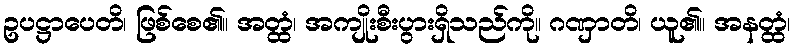
ဥပဋ္ဌာပေတိ၊ ဖြစ်စေ၏။ အတ္ထံ၊ အကျိုးစီးပွားရှိသည်ကို။ ဂဏှာတိ၊ ယူ၏။ အနတ္ထံ၊